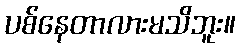
ပစ်နေတာလားမသိဘူး။